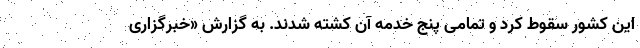
این کشور سقوط کرد و تمامی پنج خدمه آن کشته شدند. به گزارش «خبرگزاری